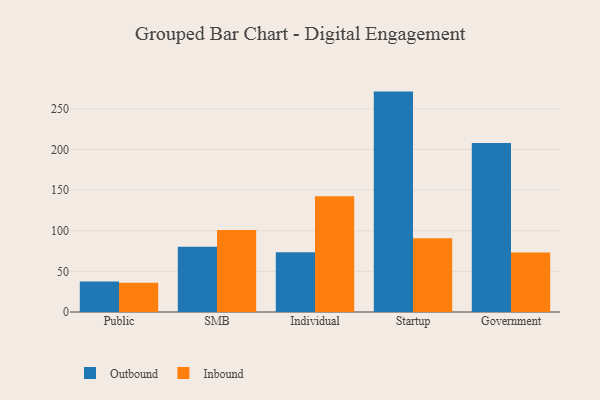
{"axis": {"x": "Segment", "y": "Revenue (USD Million)"}, "legend": ["Inbound", "Outbound"], "data": [{"x": "Public", "y": 37.5, "type": "Outbound"}, {"x": "Public", "y": 36.1, "type": "Inbound"}, {"x": "SMB", "y": 80.3, "type": "Outbound"}, {"x": "SMB", "y": 101.0, "type": "Inbound"}, {"x": "Individual", "y": 73.4, "type": "Outbound"}, {"x": "Individual", "y": 142.3, "type": "Inbound"}, {"x": "Startup", "y": 271.2, "type": "Outbound"}, {"x": "Startup", "y": 90.9, "type": "Inbound"}, {"x": "Government", "y": 207.8, "type": "Outbound"}, {"x": "Government", "y": 73.2, "type": "Inbound"}]}